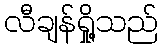
လီချန်ရှို့သည်